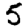
Digit: 5